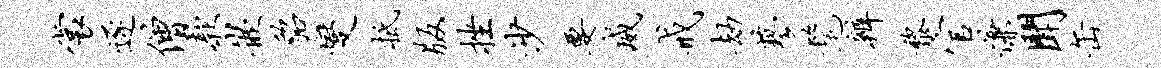
裳逐僧款嵌貂燮抵版挫沙要威戒劫蓼髦辨黎官慊闻缶